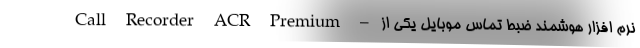
Call Recorder ACR Premium – نرم افزار هوشمند ضبط تماس موبایل یکی از